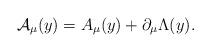
LaTeX: \begin{align*}{\cal A}_{\mu }(y)=A_{\mu }(y)+\partial _{\mu }\Lambda (y) .\end{align*}